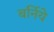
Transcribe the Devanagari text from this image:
बर्निये